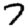
Digit: 7